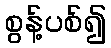
စွန့်ပစ်၍